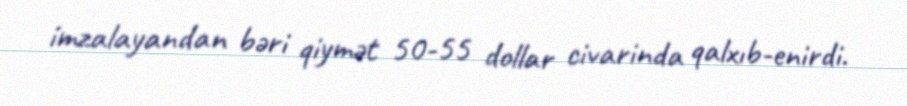
imzalayandan bəri qiymət 50-55 dollar civarinda qalxıb-enirdi.